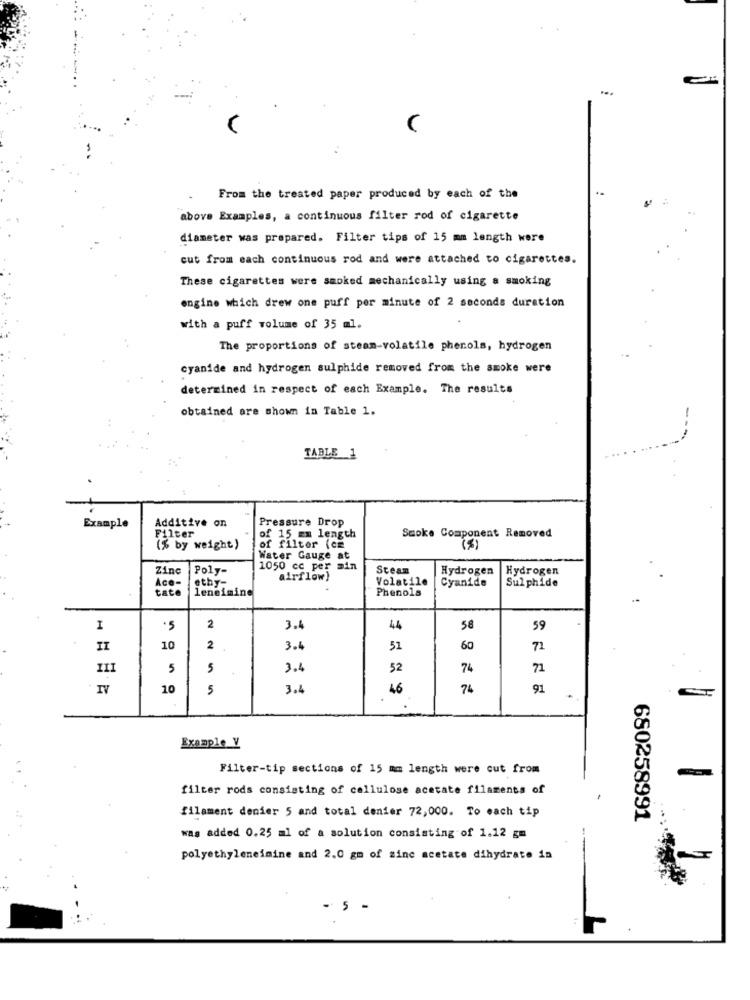
From the treated paper produced by each of the
above Examples, a continuous filter rod of cigarette
diameter was prepared. Filter tips of 15 mm length were
cut from each continuous rod and were attached to cigarettes.
These cigarettes were smoked mechanically using a smoking
engine which drew one puff per minute of 2 seconds duration
with a puff volume of 35 ml.
The proportions of steam-volatile phenols, hydrogen
cyanide and hydrogen sulphide removed from the smoke were
determined in respect of each Example. The results
obtained are shown in Table 1.
TABLE 1
Pressure Drop
Example
Additive on
Filter
of 15 mm length
Smoke Component Removed
(% by weight)
of filter (ce
(S)
Water Gauge at
Zinc
Poly-
1050 cc per min
Steam
Hydrogen
Hydrogen
airflow)
Volatile
Cyanide
Sul phide
tato
Ace-
leneimine
ethy-
Phenols
2
I
3.4
44
58
59
II
10
2
3.4
51
60
71
III
5
3.4
52
74
71
10
5
3.4
46
74
91
Example V
Filter-tip sections of 15 mm length were cut from
filter rods consisting of cellulose acetate filaments of
filament denier 5 and total denier 72,000. To each tip
680258991
was added 0.25 al of a solution consisting of 1.12 gm
polyethyleneimine and 2.0 gm of zinc acetate dihydrate in
- 5 -